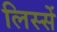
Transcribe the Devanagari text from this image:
लिस्सें